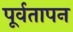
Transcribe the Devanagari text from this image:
पूर्वतापन